Travelling and other expenses of members of Education Authorities, Committees, &c., 1928
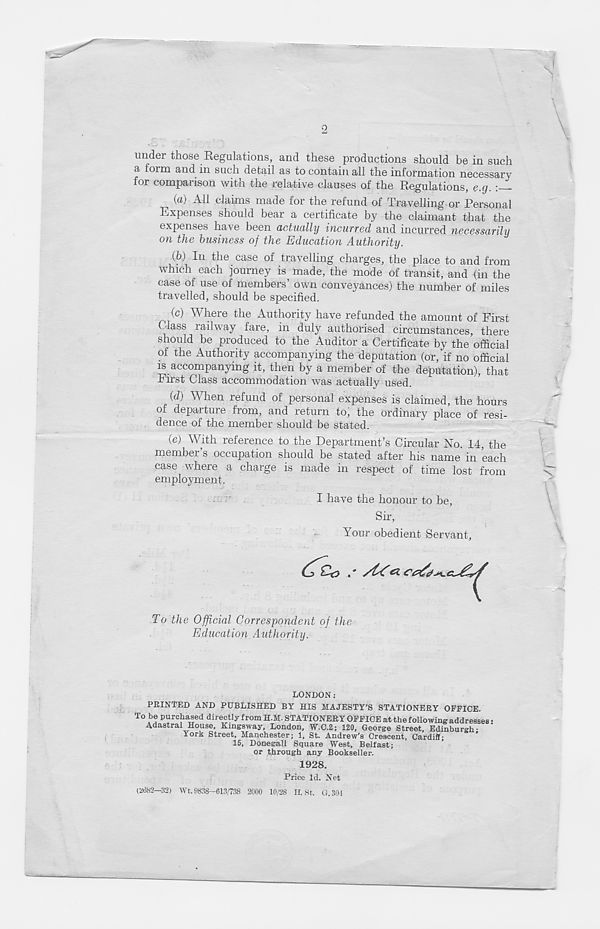
•2
under those Regulations, and these productions should be in such
a form and in such detail as to contain all the information necessary
for comparison with the relative clauses of the Regulations, e.g. : -
(a) All claims made for the refund of Travelling or Personal
Expenses should bear a certificate by the claimant that the
expenses have been actually incurred and incurred necessarily
on the business of the Education Authority.
(b) In the case of travelling charges, the place to and from
which each journey is made, the mode of transit, and (in the
case of use of members’ own conveyances) the number of miles
travelled, should be specified.
(c) Where the Authority have refunded the amount of First
Class railway fare, in duly authorised circumstances, there
should be produced to the Auditor a Certificate by the official
of the Authority accompanying the deputation (or, if no official
is accompanying it, then by a member of the deputation), that
First Class accommodation was actually used.
(d) When refund of personal expenses is claimed, the hours
of departure from, and return to, the ordinary place of resi-
dence of the member should be stated.
(e) With reference to the Department’s Circular No. 14, the
membei s occupation should be stated after his name in each
case where a charge is made in respect of time lost from
employment.
I have the honour to be,
Sir,
Your obedient Servant,
To the Official Correspondent of the
Education Authority.
LONDON:
PRINTED AND PUBLISHED BY HIS MAJESTY’S STATIONERY OFFICE.
To be purchased directly from H.M. STATIONERY OFFICE at the following addresses •
Adastral House, Kmgsway, London, W.C.2; 120, George Street, Edinburgh-
York Street, Manchester; 1, St. Andrew’s Crescent, Cardiff;
15, Donegall Square West, Belfast;
or through any Bookseller.
1928.
Price Id. Net
(2682—32) Wt. 9838-613/738 2000 10/28 H. St. G.304